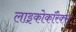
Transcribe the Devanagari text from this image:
लाइकोकॉरेक्स